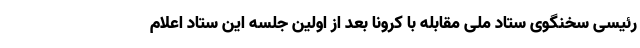
رئیسی سخنگوی ستاد ملی مقابله با کرونا بعد از اولین جلسه این ستاد اعلام